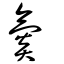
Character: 氮